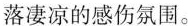
落凄凉的感伤氛围。